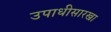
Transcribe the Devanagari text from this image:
उपाधीसारखा